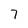
Character: 7